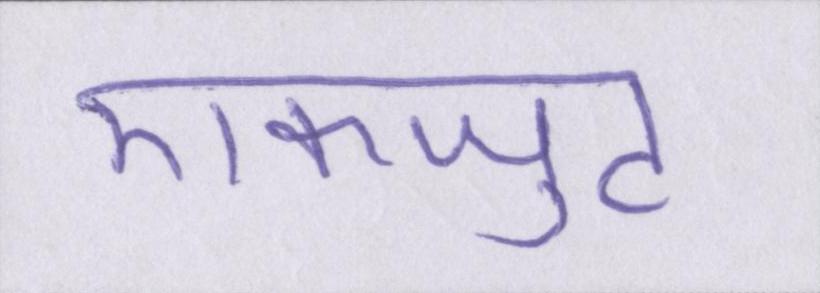
एकजुट